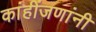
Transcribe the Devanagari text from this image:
कांहींजणांनी